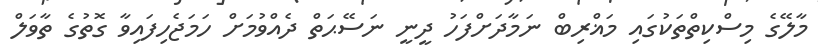
މާލޭގެ މިސްކިތްތަކުގައި މަޣްރިބް ނަމާދަށްފަހު ދީނީ ނަސޭޙަތް ދެއްވުމަށް ހަމަޖެހިފައިވާ ގޮތުގެ ތާވަލް